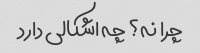
چرا نه؟ چه اشکالی دارد